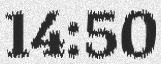
14:50